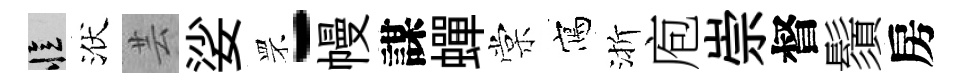
忆洑芸娑罘-幔謀蟬棠寫渐庖崇督鬚房